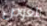
للغوص